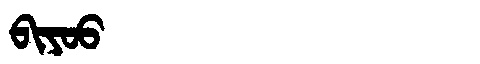
Manchu: ᠪᡳᠶᠣᠣ
Romanization: BIYOO